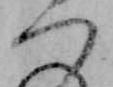
つ